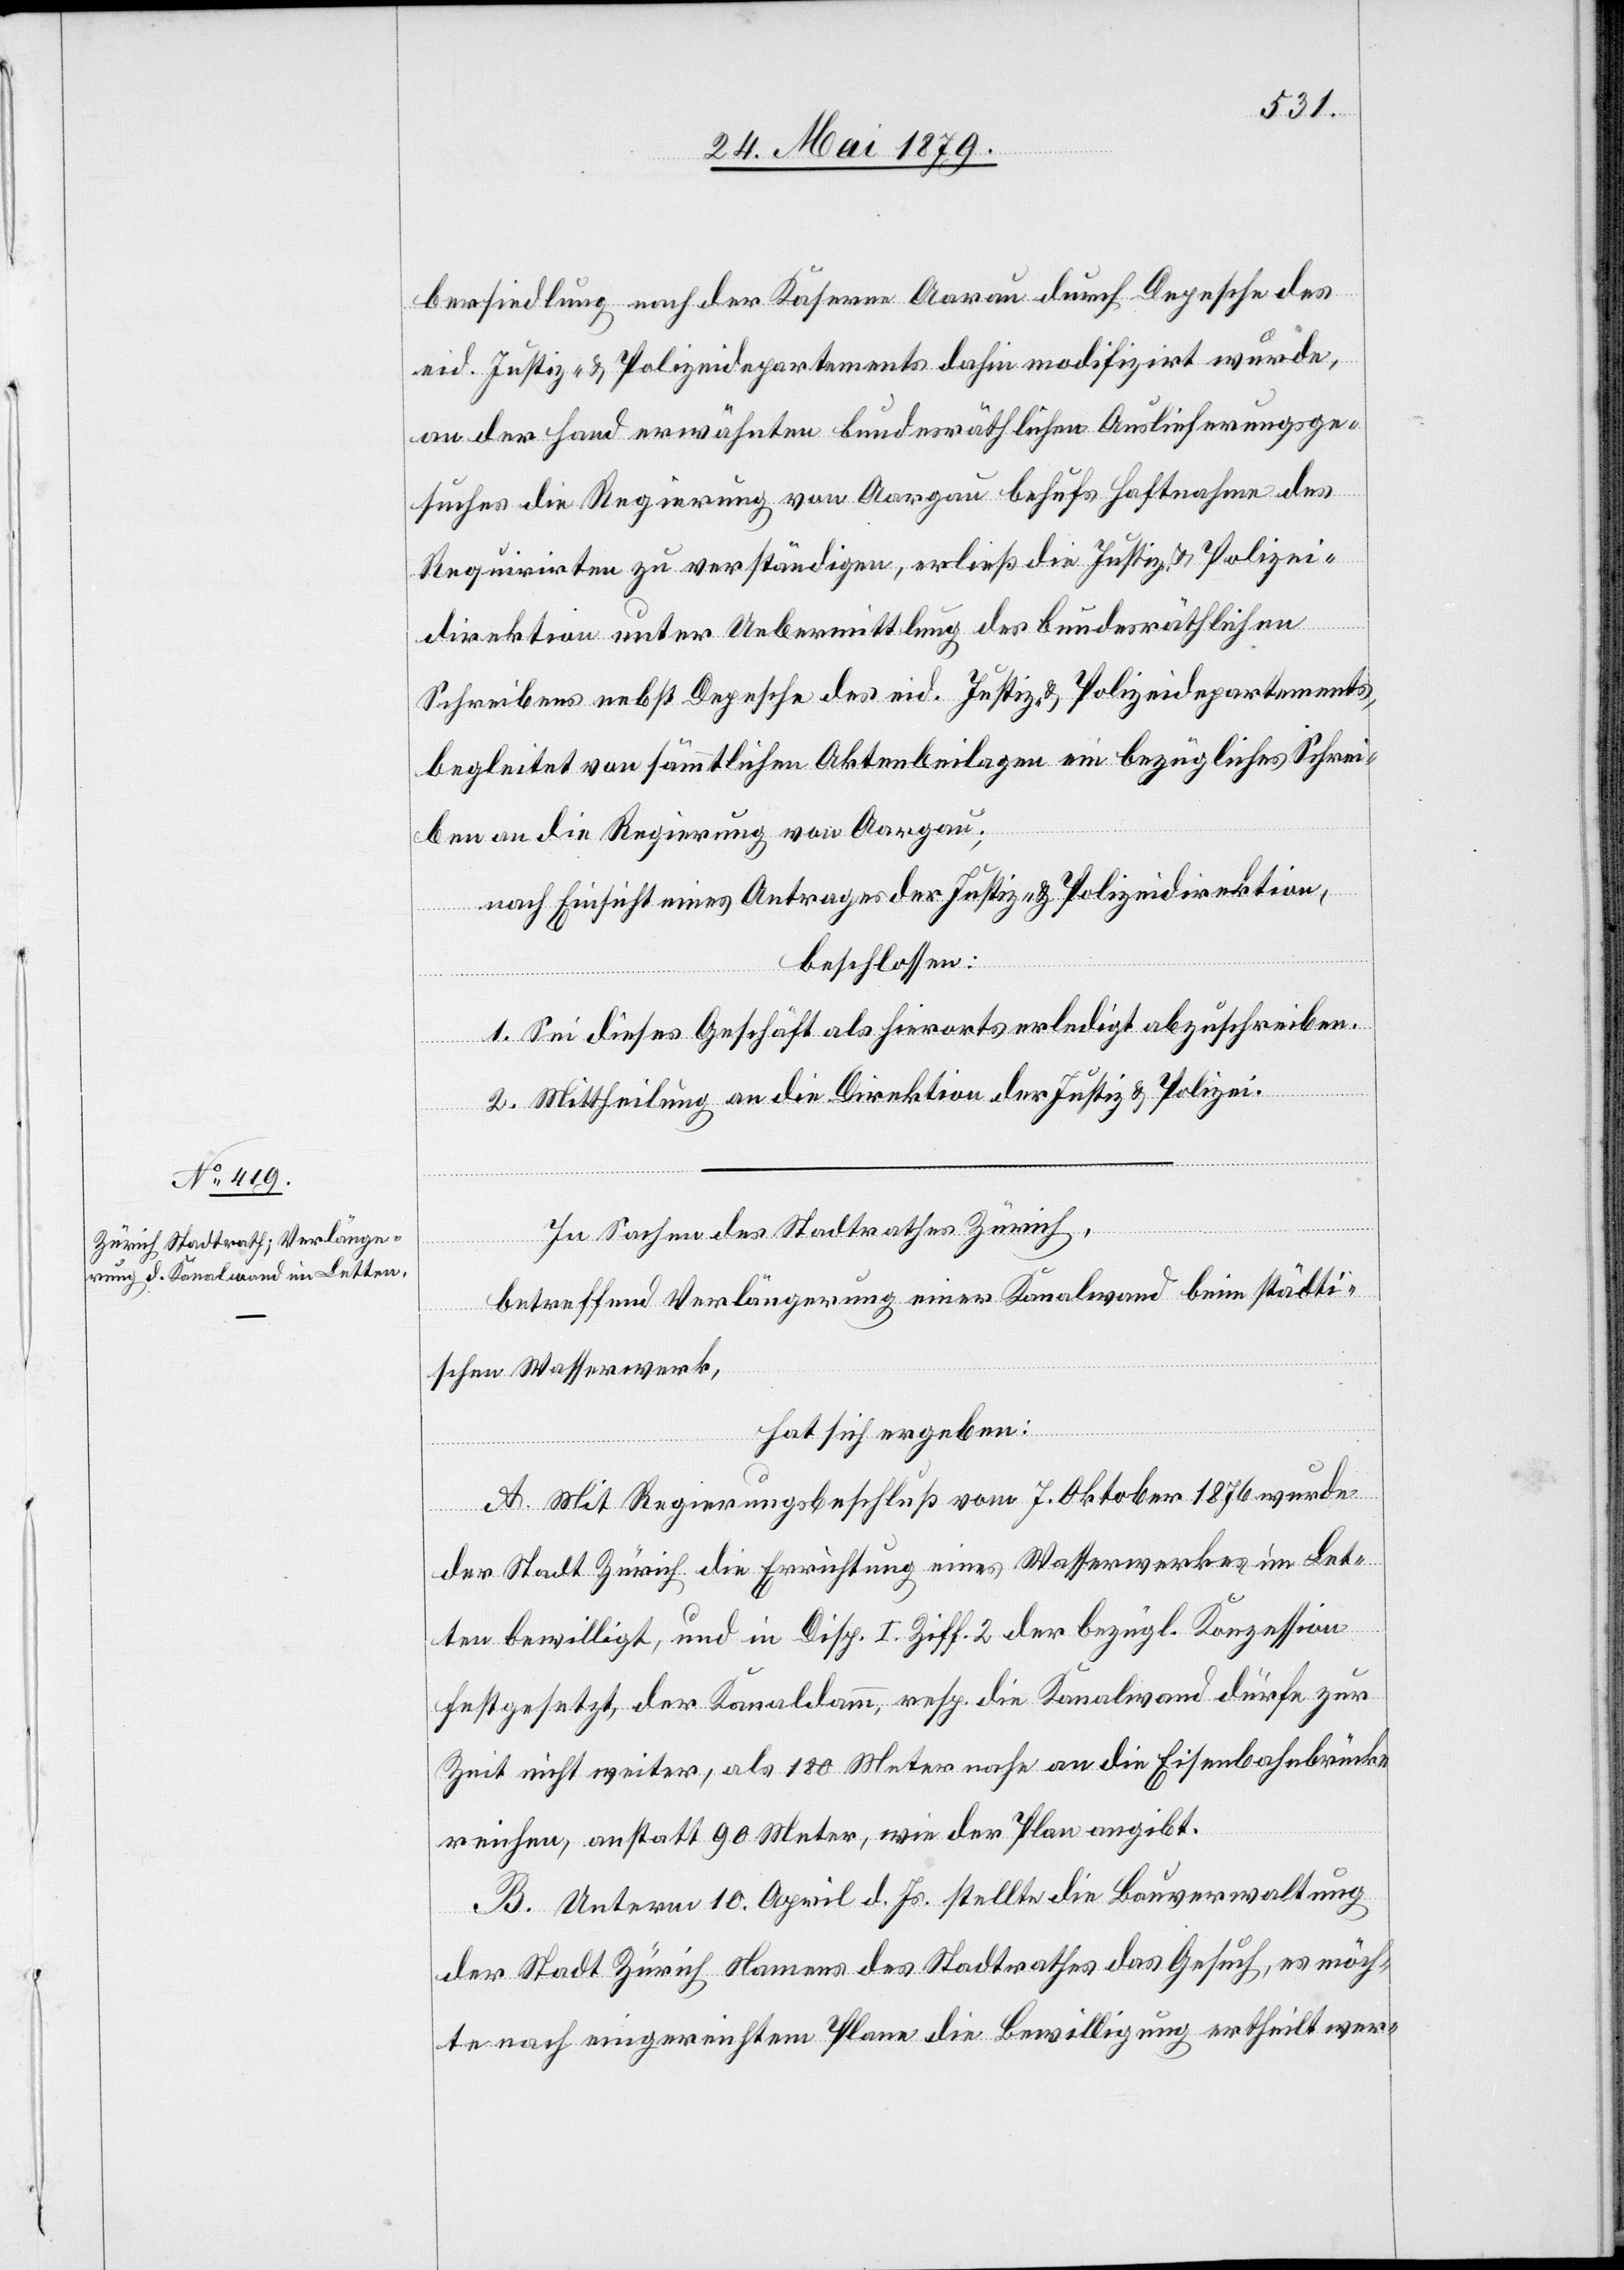
bersiedlung nach der Kaserne Aarau durch Depesche des
eid. Justiz- & Polizeidepartements dahin modifizirt wurde,
an der Hand erwähnten bundesräthlichen Auslieferungsge¬
suches die Regierung von Aargau behufs Haftnahme des
Requirirten zu verständigen, erließ die Justiz- & Polizei¬
direktion unter Uebermittlung des bundesräthlichen
Schreibens nebst Depesche des eid. Justiz- & Polizeidepartements,
begleitet von sämmtlichen Aktenbeilagen ein bezügliches Schrei¬
ben an die Regierung von Aargau;
nach Einsicht eines Antrages der Justiz- & Polizeidirektion,
beschlossen:
1. Sei dieses Geschäft als hierorts erledigt abzuschreiben.
2. Mittheilung an die Direktion der Justiz & Polizei.
In Sachen des Stadtrathes Zürich,
betreffend Verlängerung einer Kanalwand beim städti¬
schen Wasserwerk,
hat sich ergeben:
A. Mit Regierungsbeschluß vom 7. Oktober 1876 wurde
der Stadt Zürich die Errichtung eines Wasserwerkes im Let¬
ten bewilligt, und in Disp. I. Ziff. 2 der bezügl. Konzession
festgesetzt, der Kanaldamm, resp. die Kanalwand dürfe zur
Zeit nicht weiter, als 180 Meter nahe an die Eisenbahnbrücke
reichen, anstatt 90 Meter, wie der Plan angibt.
B. Unterm 10. April d. Js. stellte die Bauverwaltung
der Stadt Zürich Namens des Stadtrathes das Gesuch, es möch¬
te nach eingereichtem Plane die Bewilligung ertheilt wer-